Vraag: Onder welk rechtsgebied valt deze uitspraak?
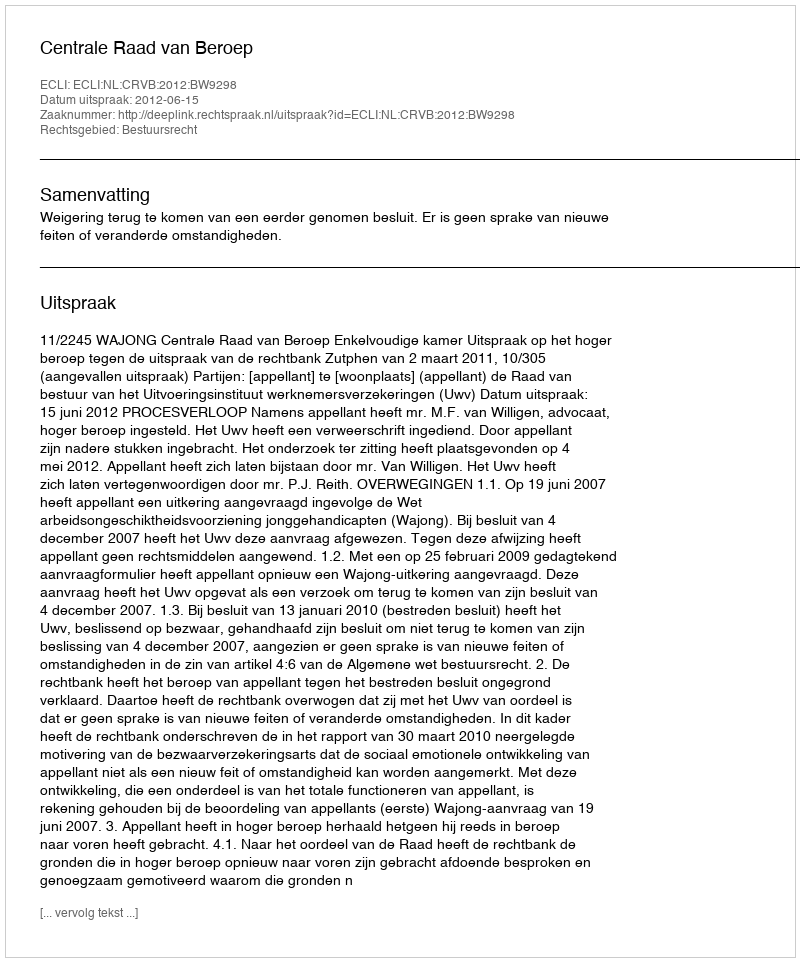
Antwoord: Bestuursrecht